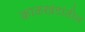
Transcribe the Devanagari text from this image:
काळखंडांतील